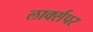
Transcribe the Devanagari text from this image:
लार्क्सपर